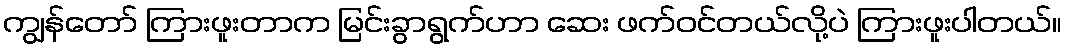
ကျွန်တော် ကြားဖူးတာက မြင်းခွာရွက်ဟာ ဆေး ဖက်ဝင်တယ်လို့ပဲ ကြားဖူးပါတယ်။